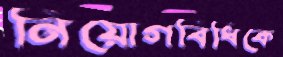
নিয়োগবিধিকে